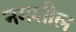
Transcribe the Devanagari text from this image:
नमशील